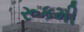
રૂકમી